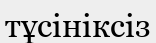
тұсініксіз